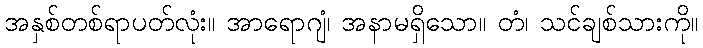
အနှစ်တစ်ရာပတ်လုံး။ အာရောဂျံ၊ အနာမရှိသော။ တံ၊ သင်ချစ်သားကို။